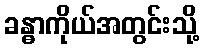
ခန္ဓာကိုယ်အတွင်းသို့